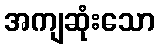
အကျဆုံးသော